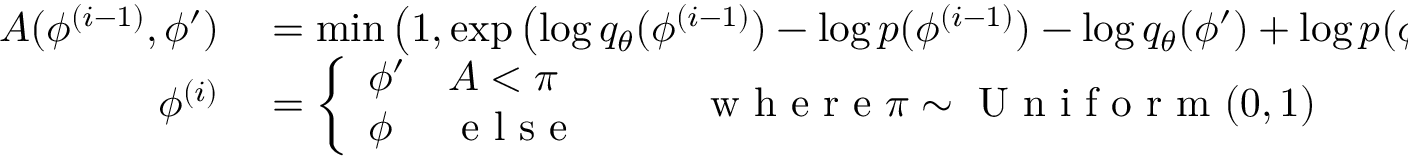
\begin{array} { r l } { A ( \phi ^ { ( i - 1 ) } , \phi ^ { \prime } ) } & { { } = \operatorname* { m i n } \left( 1 , \exp \left( \log q _ { \theta } ( \phi ^ { ( i - 1 ) } ) - \log p ( \phi ^ { ( i - 1 ) } ) - \log q _ { \theta } ( \phi ^ { \prime } ) + \log p ( \phi ^ { \prime } ) \right) \right) } \\ { \phi ^ { ( i ) } } & { { } = \left\{ \begin{array} { l l } { \phi ^ { \prime } } & { A < \pi } \\ { \phi } & { \mathrm { ~ e ~ l ~ s ~ e ~ } } \end{array} \right. \qquad \mathrm { ~ w ~ h ~ e ~ r ~ e ~ } \pi \sim \mathrm { ~ U ~ n ~ i ~ f ~ o ~ r ~ m ~ } ( 0 , 1 ) } \end{array}